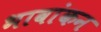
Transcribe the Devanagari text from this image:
भावांकन